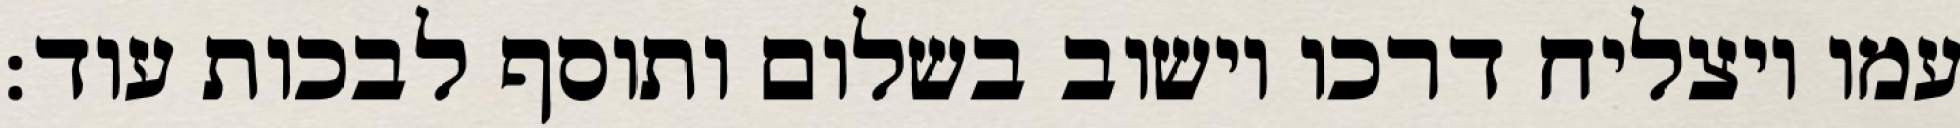
עמו ויצליח דרכו וישוב בשלום ותוסף לבכות עוד: